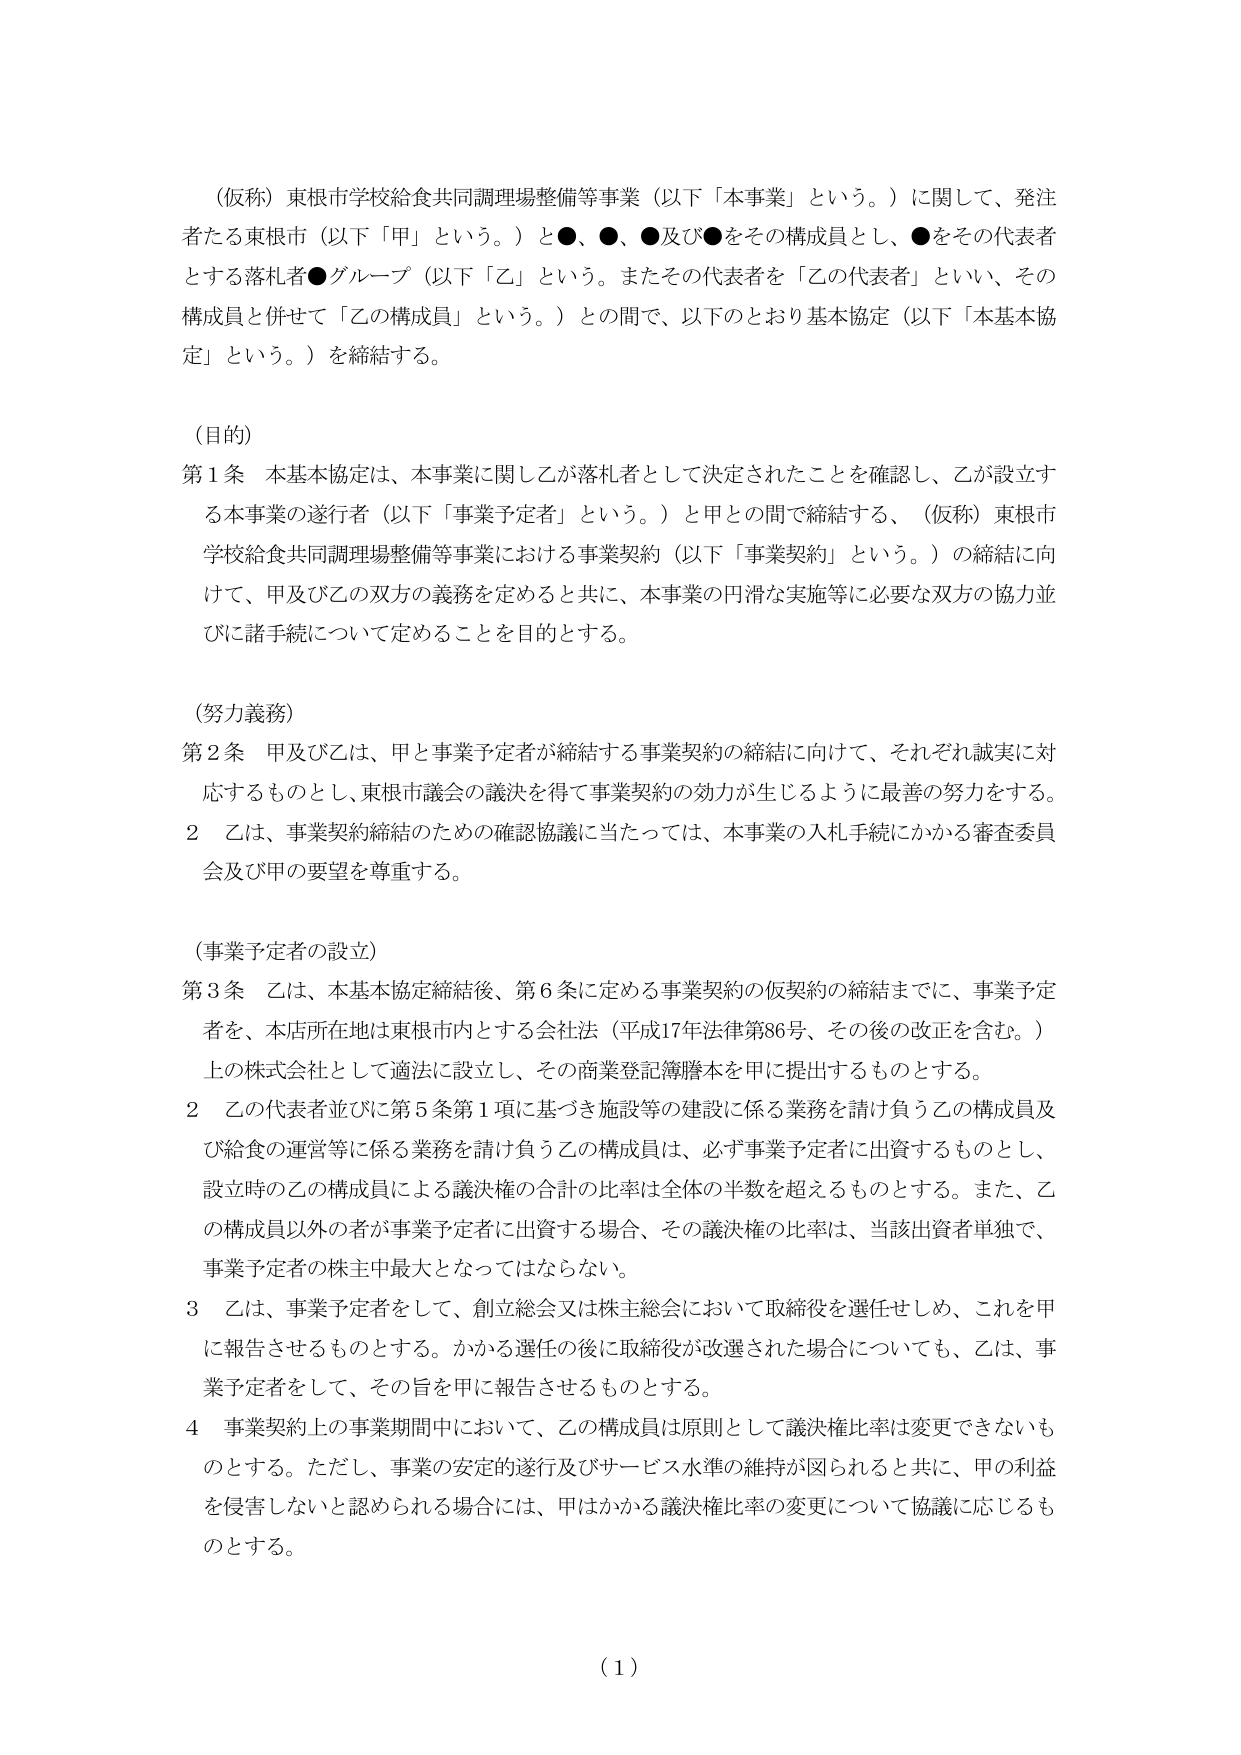
（仮称）東根市学校給食共同調理場整備等事業（以下「本事業」という。）に関して、発注者たる東根市（以下「甲」という。）と●、●、●及び●をその構成員とし、●をその代表者とする落札者●グループ（以下「乙」という。またその代表者を「乙の代表者」といい、その構成員と併せて「乙の構成員」という。）との間で、以下のとおり基本協定（以下「本基本協定」という。）を締結する。

（目的）
第1条 本基本協定は、本事業に関して乙が落札者として決定されたことを確認し、乙が設立する本事業の遂行者（以下「事業予定者」という。）と甲との間で締結する、（仮称）東根市学校給食共同調理場整備等事業における事業契約（以下「事業契約」という。）の締結に向けて、甲及び乙の双方の義務を定めると共に、本事業の円滑な実施等に必要な双方の協力並びに諸手続について定めることを目的とする。

（努力義務）
第2条 甲及び乙は、甲と事業予定者が締結する事業契約の締結に向けて、それぞれ誠実に対応するものとし、東根市議会の議決を得て事業契約の効力が生じるように最善の努力をする。
2 乙は、事業契約締結のための確認協議に当たっては、本事業の入札手続にかかる審査委員会及び甲の要望を尊重する。

（事業予定者の設立）
第3条 乙は、本基本協定締結後、第6条に定める事業契約の仮契約の締結までに、事業予定者を、本店所在地は東根市内とする会社法（平成17年法律第86号、その後の改正を含む。）上の株式会社として適法に設立し、その商業登記簿謄本を甲に提出するものとする。
2 乙の代表者並びに第5条第1項に基づき施設等の建設に係る業務を請け負う乙の構成員及び給食の運営等に係る業務を請け負う乙の構成員は、必ず事業予定者に出資するものとし、設立時の乙の構成員による議決権の合計の比率は全体の半数を超えるものとする。また、乙の構成員以外の者が事業予定者に出資する場合、その議決権の比率は、当該出資者単独で、事業予定者の株主中最大となってはならない。
3 乙は、事業予定者をして、創立総会又は株主総会において取締役を選任せしめ、これを甲に報告させるものとする。かかる選任の後に取締役が改選された場合についても、乙は、事業予定者をして、その旨を甲に報告させるものとする。
4 事業契約上の事業期間中において、乙の構成員は原則として議決権比率は変更できないものとする。ただし、事業の安定的遂行及びサービス水準の維持が図られると共に、甲の利益を侵害しないと認められる場合には、甲はかかる議決権比率の変更について協議に応じるものとする。

（1）